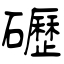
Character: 礰